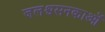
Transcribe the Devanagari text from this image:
जलश्वसनकाओं